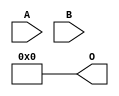
// This program was cloned from: https://github.com/ehw-fit/evoapproxlib
// License: MIT License

/***
* This code is a part of EvoApproxLib library (ehw.fit.vutbr.cz/approxlib) distributed under The MIT License.
* When used, please cite the following article(s): V. Mrazek, L. Sekanina, Z. Vasicek "Libraries of Approximate Circuits: Automated Design and Application in CNN Accelerators" IEEE Journal on Emerging and Selected Topics in Circuits and Systems, Vol 10, No 4, 2020 
* This file contains a circuit from a sub-set of pareto optimal circuits with respect to the pwr and ep parameters
***/
// MAE% = 23.35 %
// MAE = 956 
// WCE% = 93.38 %
// WCE = 3825 
// WCRE% = 100.00 %
// EP% = 93.38 %
// MRE% = 100.00 %
// MSE = 16831.062e2 
// PDK45_PWR = 0.000 mW
// PDK45_AREA = 0.0 um2
// PDK45_DELAY = 0.00 ns

module mul8x4u_555 (
    A,
    B,
    O
);

input [7:0] A;
input [3:0] B;
output [11:0] O;
assign O[11] = 1'b0;
assign O[10] = 1'b0;
assign O[9] = 1'b0;
assign O[8] = 1'b0;
assign O[7] = 1'b0;
assign O[6] = 1'b0;
assign O[5] = 1'b0;
assign O[4] = 1'b0;
assign O[3] = 1'b0;
assign O[2] = 1'b0;
assign O[1] = 1'b0;
assign O[0] = 1'b0;

endmodule